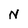
Character: N